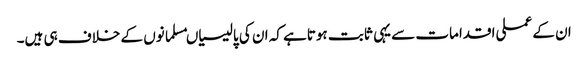
ان کے عملی اقدامات سے یہی ثابت ہوتاہے کہ ان کی پالیسیاںمسلمانوں کے خلاف ہی ہیں۔